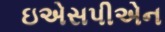
ઇએસપીએન